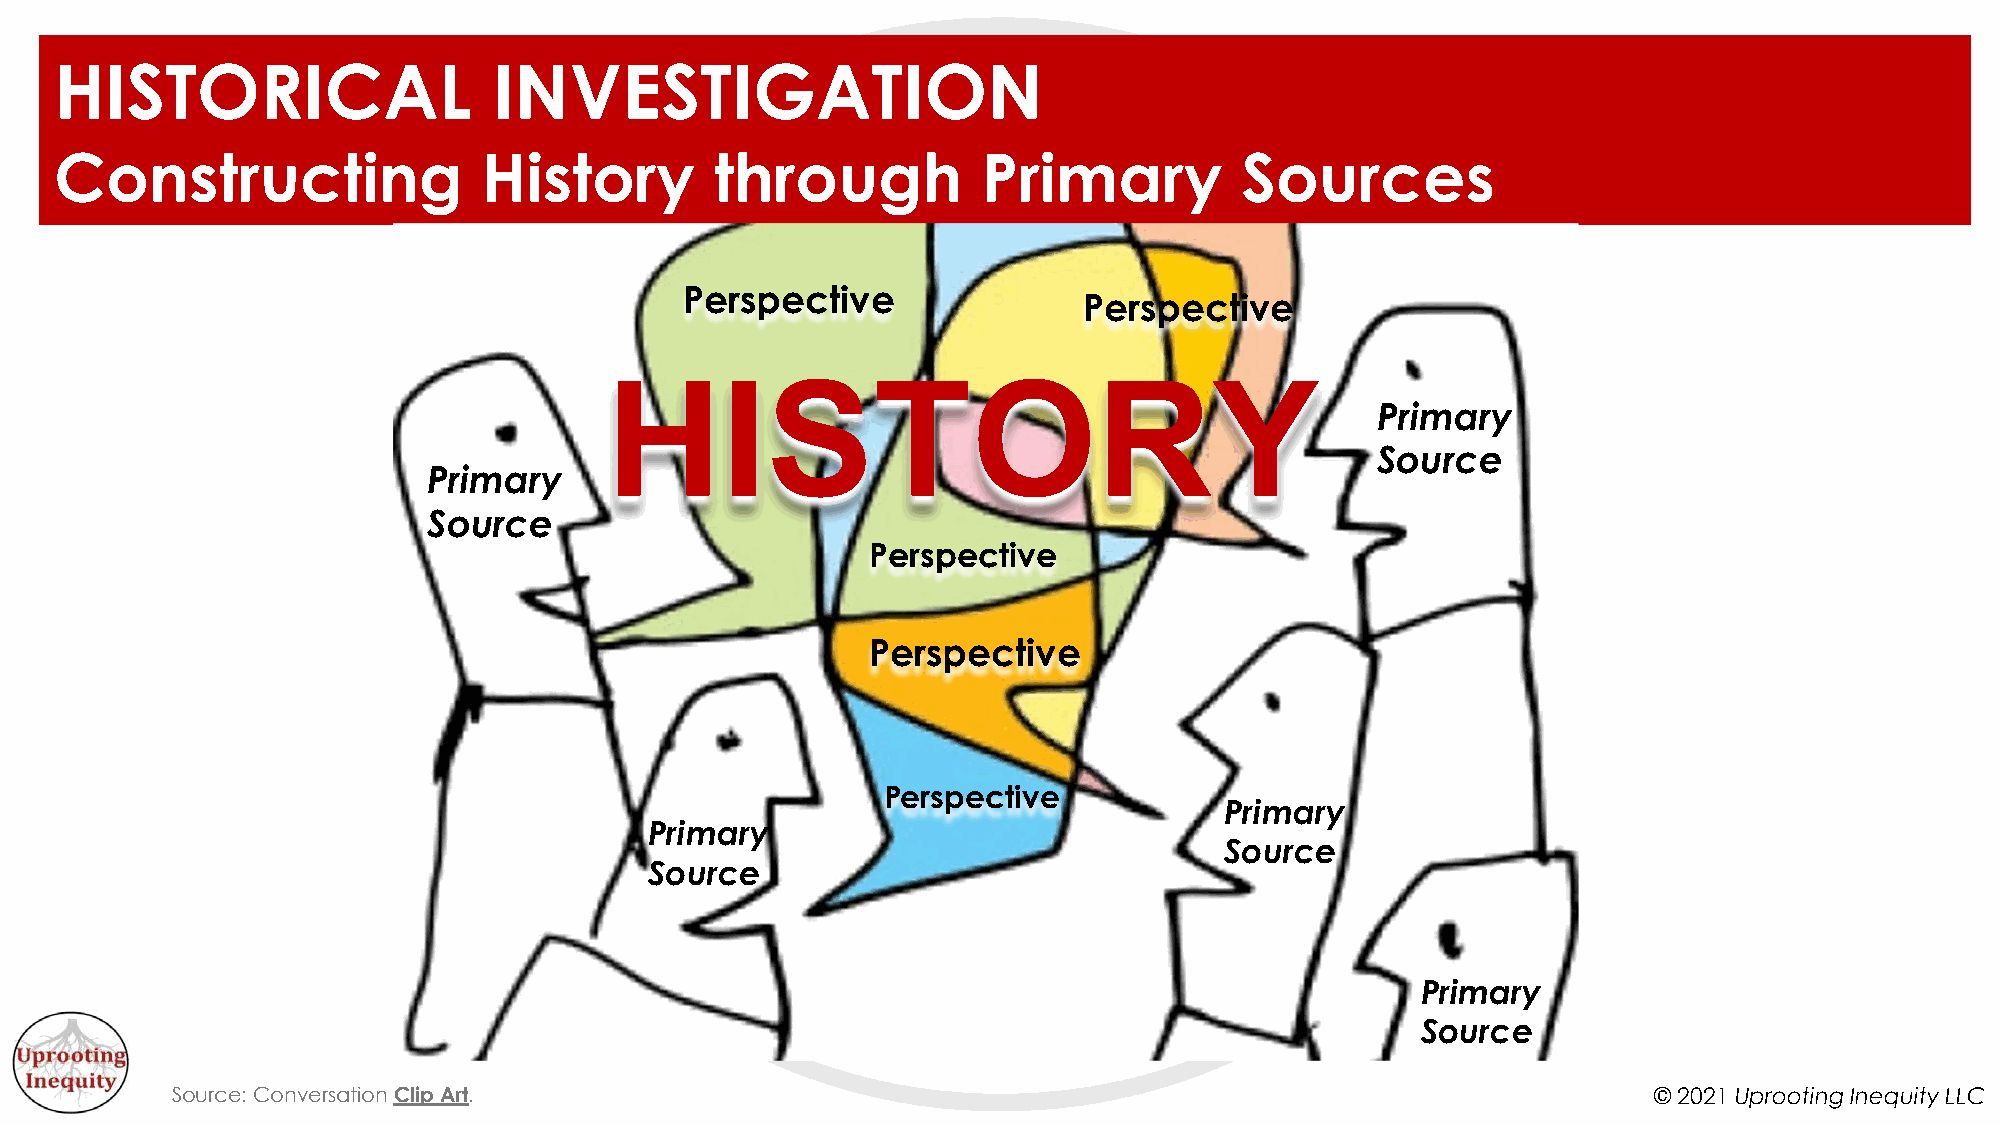
HISTORICAL                   INVESTIGATION
 Constructing                History        through           Primary          Sources
 perspective
 Perspective              pePresrpsepceticvetive
 HISTORY
 Primary
 Source
 Primary
 Source
 Perspective
 Perspective
 Perspective
 Primary
 Primary
 Source
 Source
 Primary
 Source
 Source: Conversation Clip Art.                                                                    © 2021 Uprooting Inequity LLC